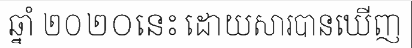
ឆ្នាំ ២០២០នេះ ដោយសារបានឃើញ